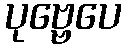
ပုဗ္ဗေပေ